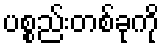
ပစ္စည်းတစ်ခုကို